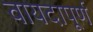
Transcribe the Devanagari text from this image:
वायदापूर्ण